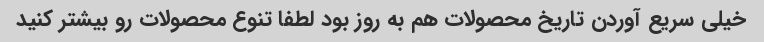
خیلی سریع آوردن تاریخ محصولات هم به روز بود لطفا تنوع محصولات رو بیشتر کنید